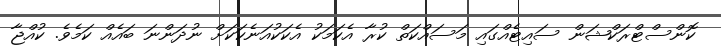
ކޮންސްޓްރަކްޝަން ސައިޓެއްގައި މަސައްކަތް ކުރާ އެކަމަކު އެކަކުއަނެކަކަށް ނުދަންނަ ބައެއް ކަމެވެ. ކުއްޖާ